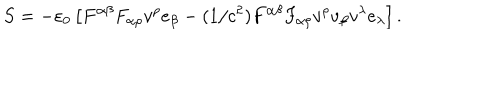
S = - \varepsilon _ { 0 } \left[ F ^ { \alpha \beta } F _ { \alpha \rho } v ^ { \rho } e _ { \beta } - ( 1 / c ^ { 2 } ) F ^ { \alpha \beta } F _ { \alpha \rho } v ^ { \rho } v _ { \beta } v ^ { \lambda } e _ { \lambda } \right] .